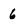
Character: 6